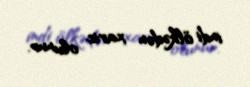
indi ölkədən xaric olunur.